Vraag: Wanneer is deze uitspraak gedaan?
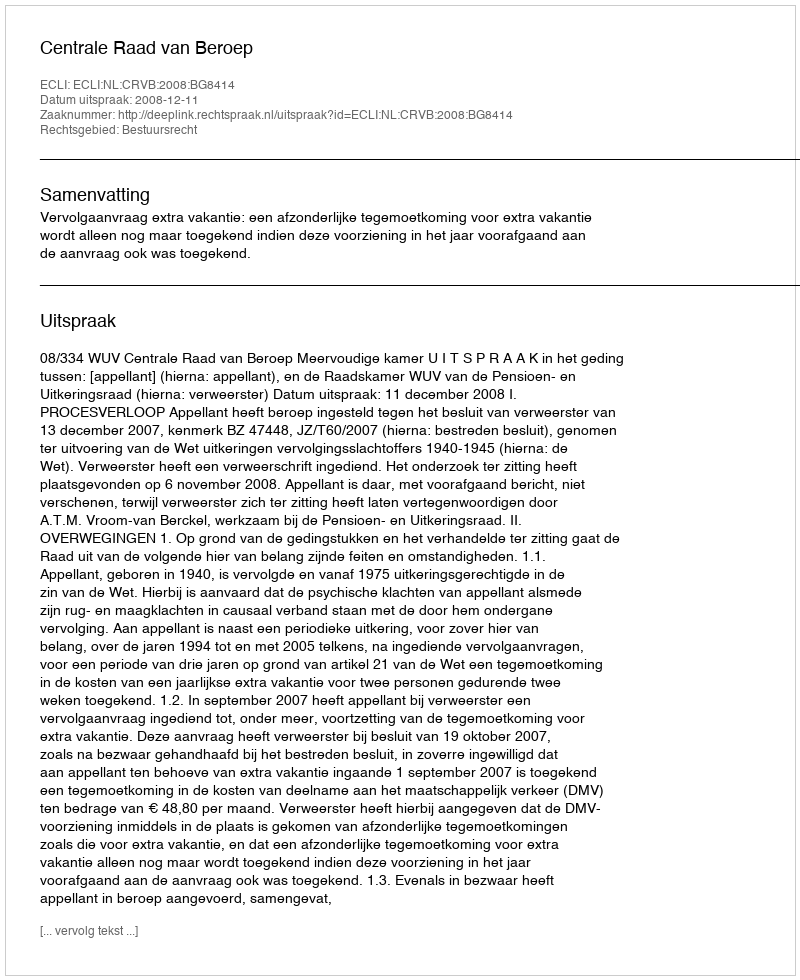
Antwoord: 2008-12-11